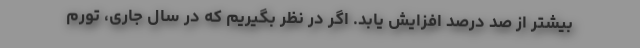
بیشتر از صد درصد افزایش یابد. اگر در نظر بگیریم که در سال جاری، تورم